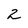
Character: 2